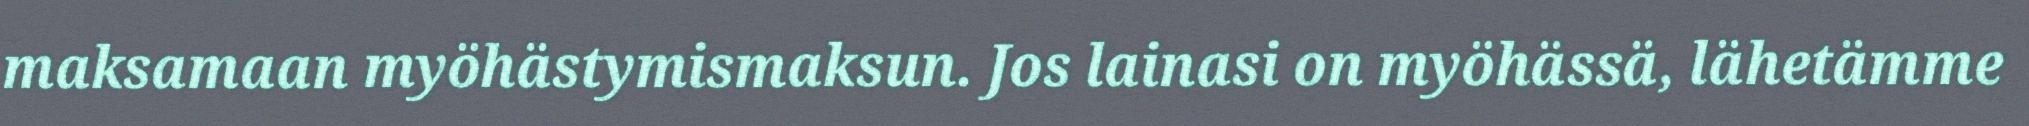
maksamaan myöhästymismaksun. Jos lainasi on myöhässä, lähetämme